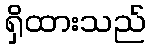
ရှိထားသည်